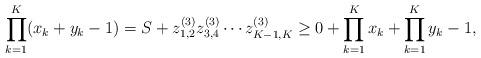
LaTeX: \begin{align*}\prod_{k=1}^{K}(x_k+y_k-1)=S+z_{1,2}^{(3)}z_{3,4}^{(3)}\cdots z_{K-1,K}^{(3)}\geq0+\prod_{k=1}^{K}x_k+\prod_{k=1}^{K}y_k-1,\end{align*}